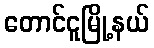
တောင်ငူမြို့နယ်